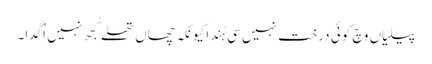
پیلیاں وچ کوئی درخت نہیں سی ہُندا کیونکہ چھاں تھلے کُجھ نہیں اُگدا۔